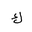
Letter: _kaf